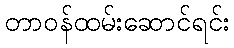
တာဝန်ထမ်းဆောင်ရင်း